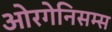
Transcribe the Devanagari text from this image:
ओरगेनिसम्स